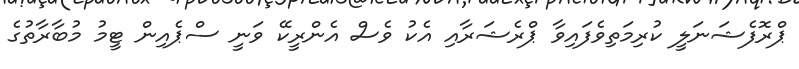
ޕްރޮފެޝަނަލީ ކުރިމަތިވެފައިވާ ޕްރެޝަރާއި އެކު ވެސް އެންރީކޭ ވަނީ ސްޕެއިން ޓީމު މުބާރާތުގެ